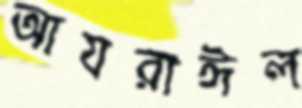
আযরাঈল